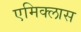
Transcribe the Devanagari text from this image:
एमिक्लास